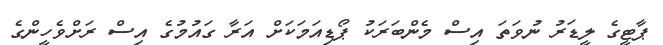
ޕާޓީގެ ލީޑަރު ނުވަތަ އިސް މެންބަރަކު ޕޯޑިއަމަކަށް އަރާ ގައުމުގެ އިސް ރަށްވެހީންގެ